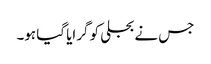
جس نے بجلی کو گرایا گیا ہو۔